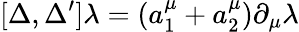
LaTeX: [\Delta,\Delta^{\prime}]\lambda=(a_{1}^{\mu}+a_{2}^{\mu})\partial_{\mu}\lambda